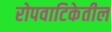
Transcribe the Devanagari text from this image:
रोपवाटिकेतील